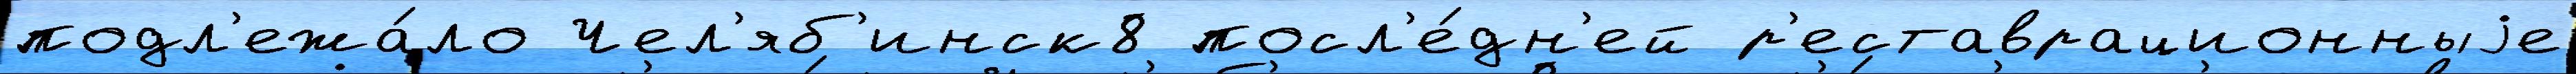
подл'ежа́ло Чел'яб'инск8 посл'е́дн'ей р'еставрационныjе